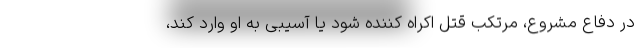
در دفاع مشروع، مرتکب قتل اکراه کننده شود یا آسیبی به او وارد کند،